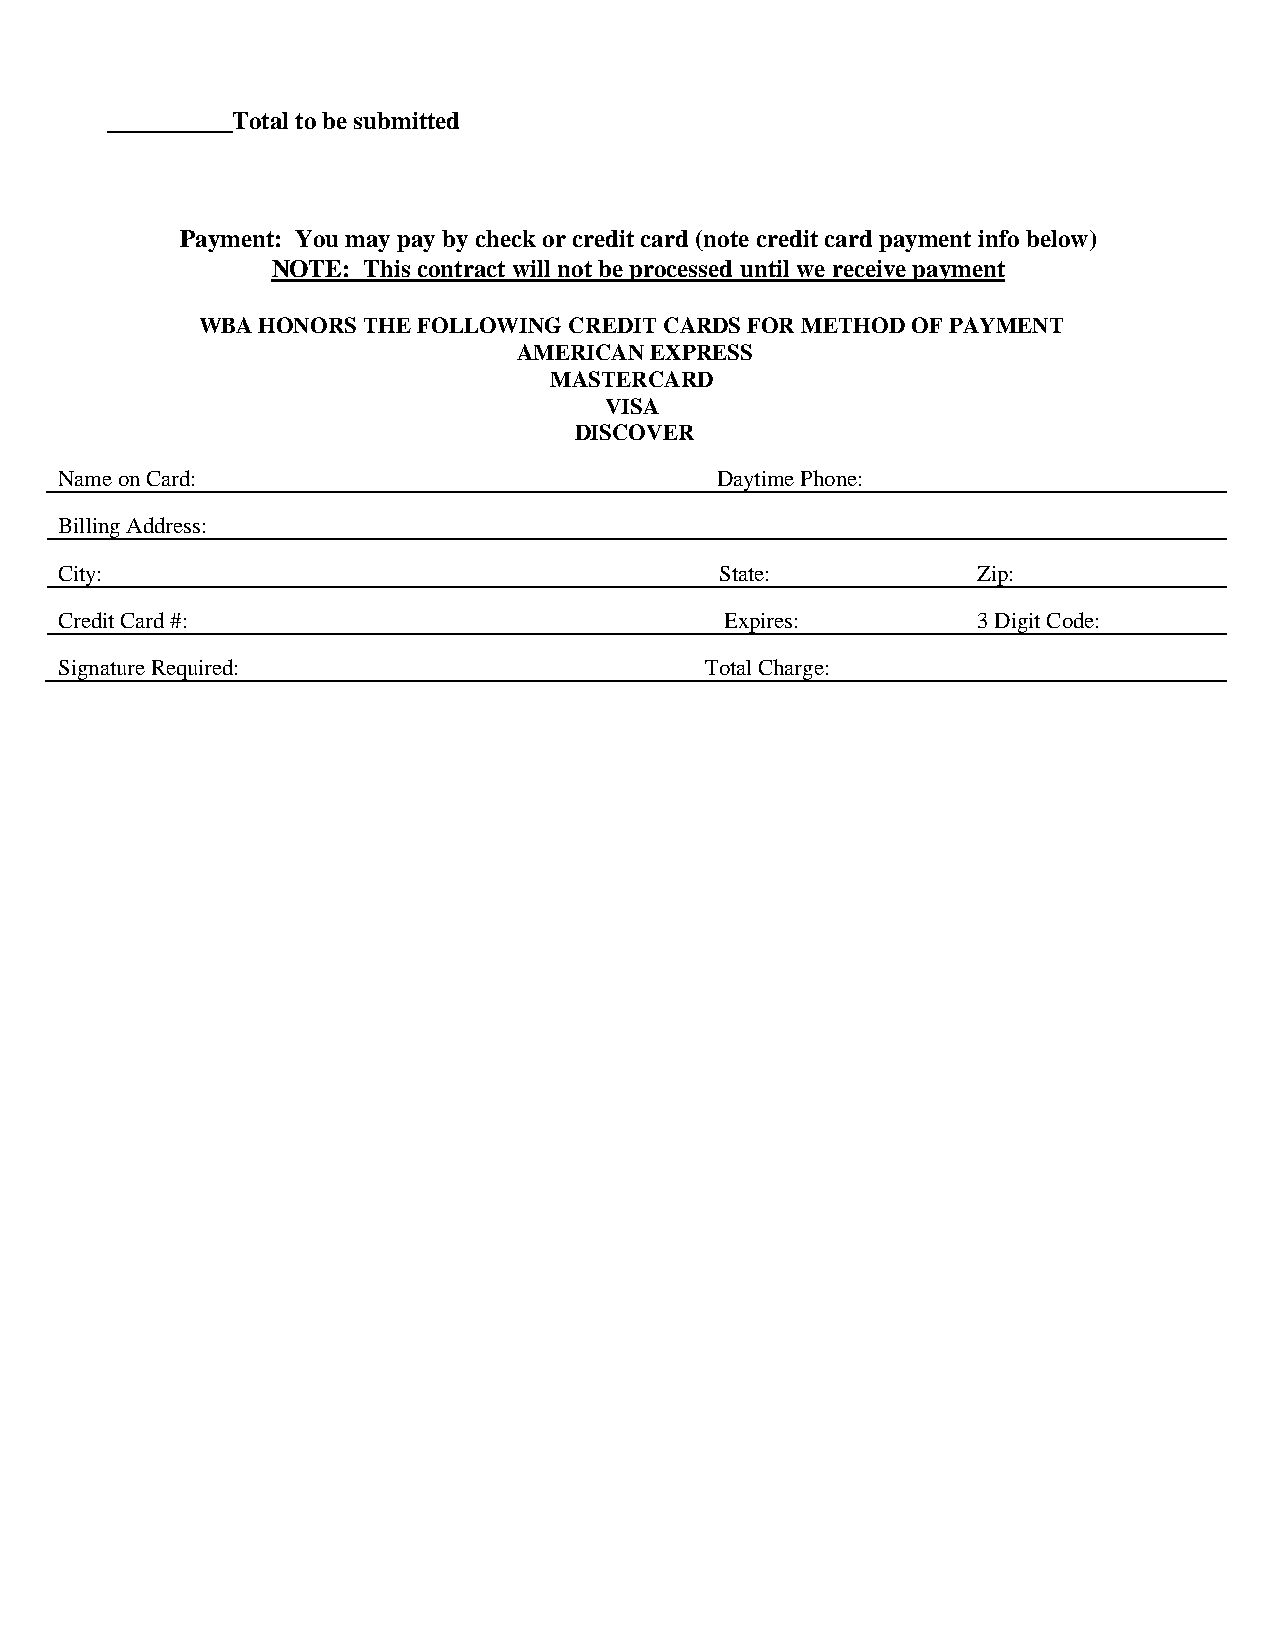
__________Total to be submitted
 Payment: You may pay by check or credit card (note credit card payment info below)
 NOTE: This contract will not be processed until we receive payment
 WBA HONORS THE FOLLOWING CREDIT CARDS FOR METHOD OF PAYMENT
 AMERICAN EXPRESS
 MASTERCARD
 VISA
 DISCOVER
 Name on Card:                              Daytime Phone:
 Billing Address:
 City:                                       State:           Zip:
 Credit Card #:                              Expires:         3 Digit Code:
 Signature Required:                        Total Charge: